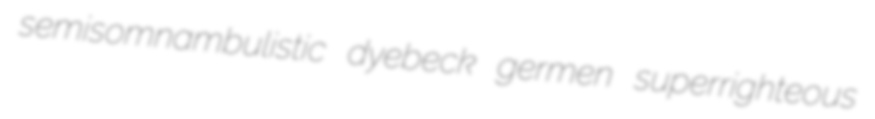
semisomnambulistic dyebeck germen superrighteous